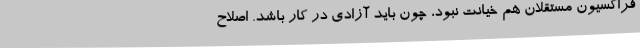
فراکسیون مستقلان هم خیانت نبود، چون باید آزادی در کار باشد. اصلاح